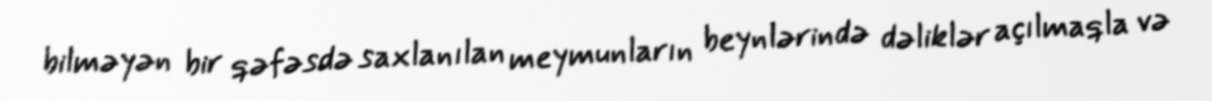
bilməyən bir qəfəsdə saxlanılan meymunların beynlərində dəliklər açılmaqla və